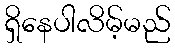
ရှိနေပါလိမ့်မည်